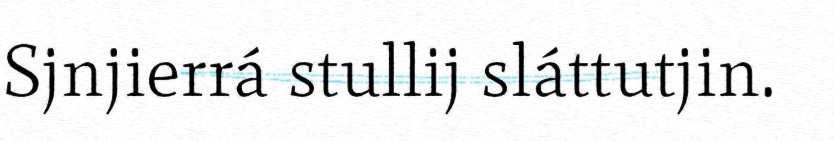
Sjnjierrá stullij sláttutjin.